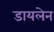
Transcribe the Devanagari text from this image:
डायलेन